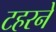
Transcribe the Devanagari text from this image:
टहरने